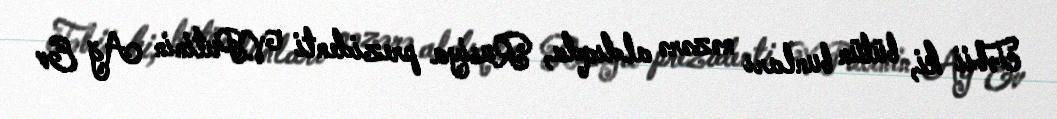
Təbii ki, bütün bunları nəzərə aldıqda, Rusiya prezidenti V.Putinin Ağ Ev